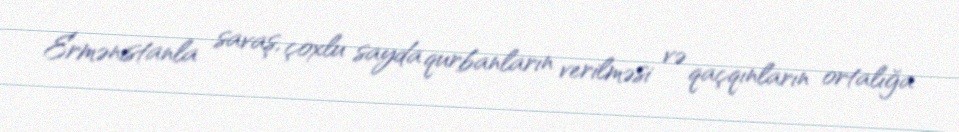
Ermənistanla savaş, çoxlu sayda qurbanların verilməsi və qaçqınların ortalığa